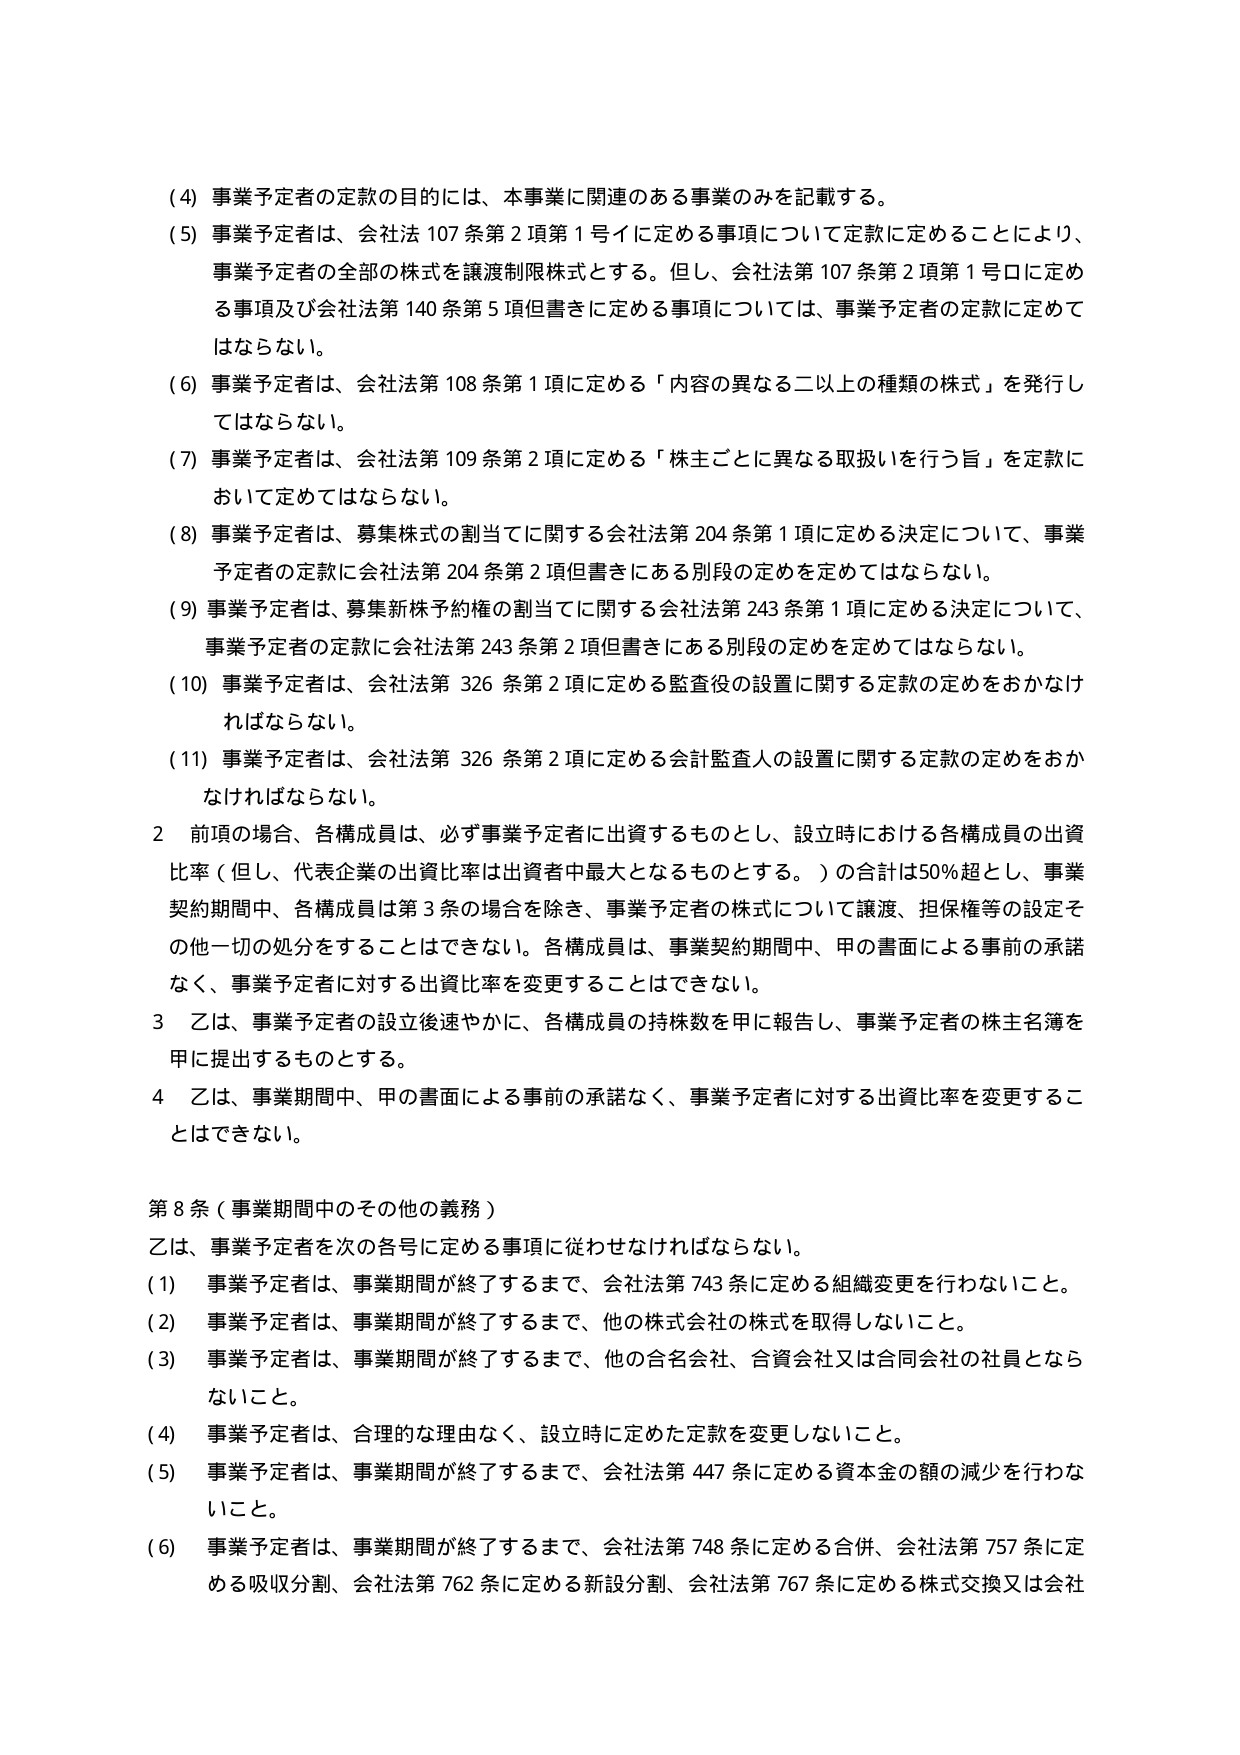
(4) 事業予定者の定款の目的には、本事業に関連のある事業のみを記載する。

(5) 事業予定者は、会社法107条第2項第1号イに定める事項について定款に定めることにより、事業予定者の全部の株式を譲渡制限株式とする。但し、会社法第107条第2項第1号ロに定める事項及び会社法第140条第5項但書きに定める事項については、事業予定者の定款に定めてはならない。

(6) 事業予定者は、会社法第108条第1項に定める「内容の異なる二以上の種類の株式」を発行してはならない。

(7) 事業予定者は、会社法第109条第2項に定める「株主ごとに異なる取扱いを行う旨」を定款において定めてはならない。

(8) 事業予定者は、募集株式の割当てに関する会社法第204条第1項に定める決定について、事業予定者の定款に会社法第204条第2項但書きにある別段の定めを定めてはならない。

(9) 事業予定者は、募集新株予約権の割当てに関する会社法第243条第1項に定める決定について、事業予定者の定款に会社法第243条第2項但書きにある別段の定めを定めてはならない。

(10) 事業予定者は、会社法第326条第2項に定める監査役の設置に関する定款の定めをおかなければならない。

(11) 事業予定者は、会社法第326条第2項に定める会計監査人の設置に関する定款の定めをおかなければならない。

2 前項の場合、各構成員は、必ず事業予定者に出資するものとし、設立時における各構成員の出資比率（但し、代表企業の出資比率は出資者中最大となるものとする。）の合計は50％超とし、事業契約期間中、各構成員は第3条の場合を除き、事業予定者の株式について譲渡、担保権等の設定その他一切の処分をすることはできない。各構成員は、事業契約期間中、甲の書面による事前の承諾なく、事業予定者に対する出資比率を変更することはできない。

3 乙は、事業予定者の設立後速やかに、各構成員の持株数を甲に報告し、事業予定者の株主名簿を甲に提出するものとする。

4 乙は、事業期間中、甲の書面による事前の承諾なく、事業予定者に対する出資比率を変更することはできない。

第8条（事業期間中のその他の義務）

乙は、事業予定者を次の各号に定める事項に従わせなければならない。

(1) 事業予定者は、事業期間が終了するまで、会社法第743条に定める組織変更を行わないこと。

(2) 事業予定者は、事業期間が終了するまで、他の株式会社の株式を取得しないこと。

(3) 事業予定者は、事業期間が終了するまで、他の合名会社、合資会社又は合同会社の社員とならないこと。

(4) 事業予定者は、合理的な理由なく、設立時に定めた定款を変更しないこと。

(5) 事業予定者は、事業期間が終了するまで、会社法第447条に定める資本金の額の減少を行わないこと。

(6) 事業予定者は、事業期間が終了するまで、会社法第748条に定める合併、会社法第757条に定める吸収分割、会社法第762条に定める新設分割、会社法第767条に定める株式交換又は会社